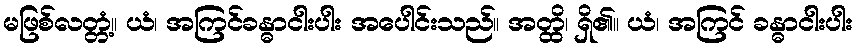
မဖြစ်လတ္တံ့။ ယံ၊ အကြင်ခန္ဓာငါးပါး အပေါင်းသည်။ အတ္ထိ၊ ရှိ၏။ ယံ၊ အကြင် ခန္ဓာငါးပါး